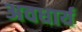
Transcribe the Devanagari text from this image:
अवधार्य